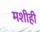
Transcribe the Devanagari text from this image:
मशीही